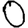
Digit: 0